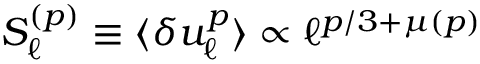
S _ { \ell } ^ { ( p ) } \equiv \langle \delta u _ { \ell } ^ { p } \rangle \propto \ell ^ { p / 3 + \mu ( p ) }